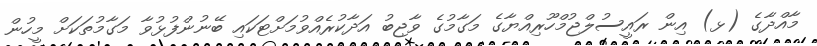
މާއްދާގެ (ޅ) އިން ރައީސުލްޖުމްހޫރިއްޔާގެ މަގާމުގެ ވާޖިބު އަދާކުރެއްވުމަށްޓަކައި ބޭނުންފުޅުވާ މަގާމުތަކަށް މީހުން